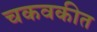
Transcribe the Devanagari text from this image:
चकवकीत